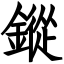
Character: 鏦